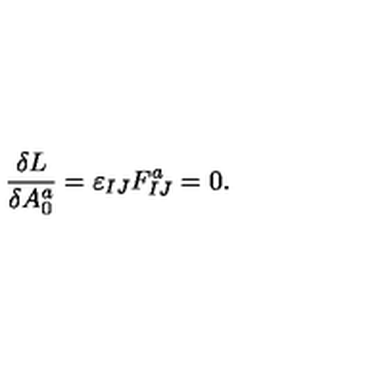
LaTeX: { \frac { \delta L } { \delta A _ { 0 } ^ { a } } } = \varepsilon _ { I J } F _ { I J } ^ { a } = 0 .